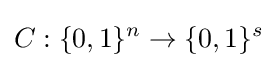
C:\{0,1\}^{n}\to \{0,1\}^{s}